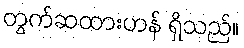
တွက်ဆထားဟန် ရှိသည်။